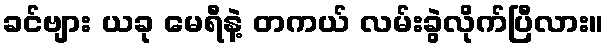
ခင်ဗျား ယခု မေရီနဲ့ တကယ် လမ်းခွဲလိုက်ပြီလား။